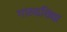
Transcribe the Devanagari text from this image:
गारुडविद्या